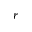
r